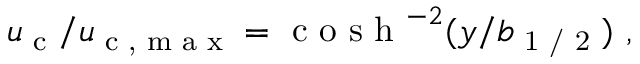
u _ { \textup { c } } / u _ { \textup { c , m a x } } = \textup { c o s h } ^ { - 2 } ( y / b _ { \textup { 1 / 2 } } ) ~ ,